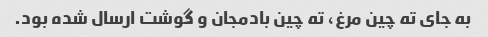
به جای ته چین مرغ، ته چین بادمجان و گوشت ارسال شده بود.